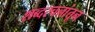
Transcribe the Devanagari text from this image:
शब्दरचनांतून